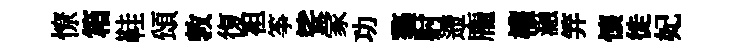
憭箱鞋頌敦復袒筝娑䝉功鏊射遰龐權瀜笄懐徙妃